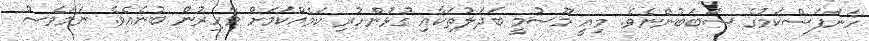
ހަނަފަސްކަމުގެ ސަބަބުންނެވެ. މިއީ މޫސުމީ ބަދަލުތަކާއި ގުޅުންހުރި ކަމެއްކަމަށް މާހިރުން ބުނެއެވެ. ނަމަވެސް